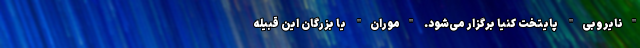
"نایروبی" پایتخت کنیا برگزار می‌شود. "موران‌" یا بزرگان این قبیله